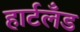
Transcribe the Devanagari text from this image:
हार्टलँड